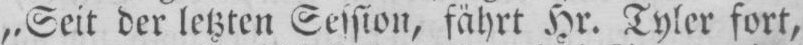
„Seit der letzten Session, fährt Hr. Tyler fort,